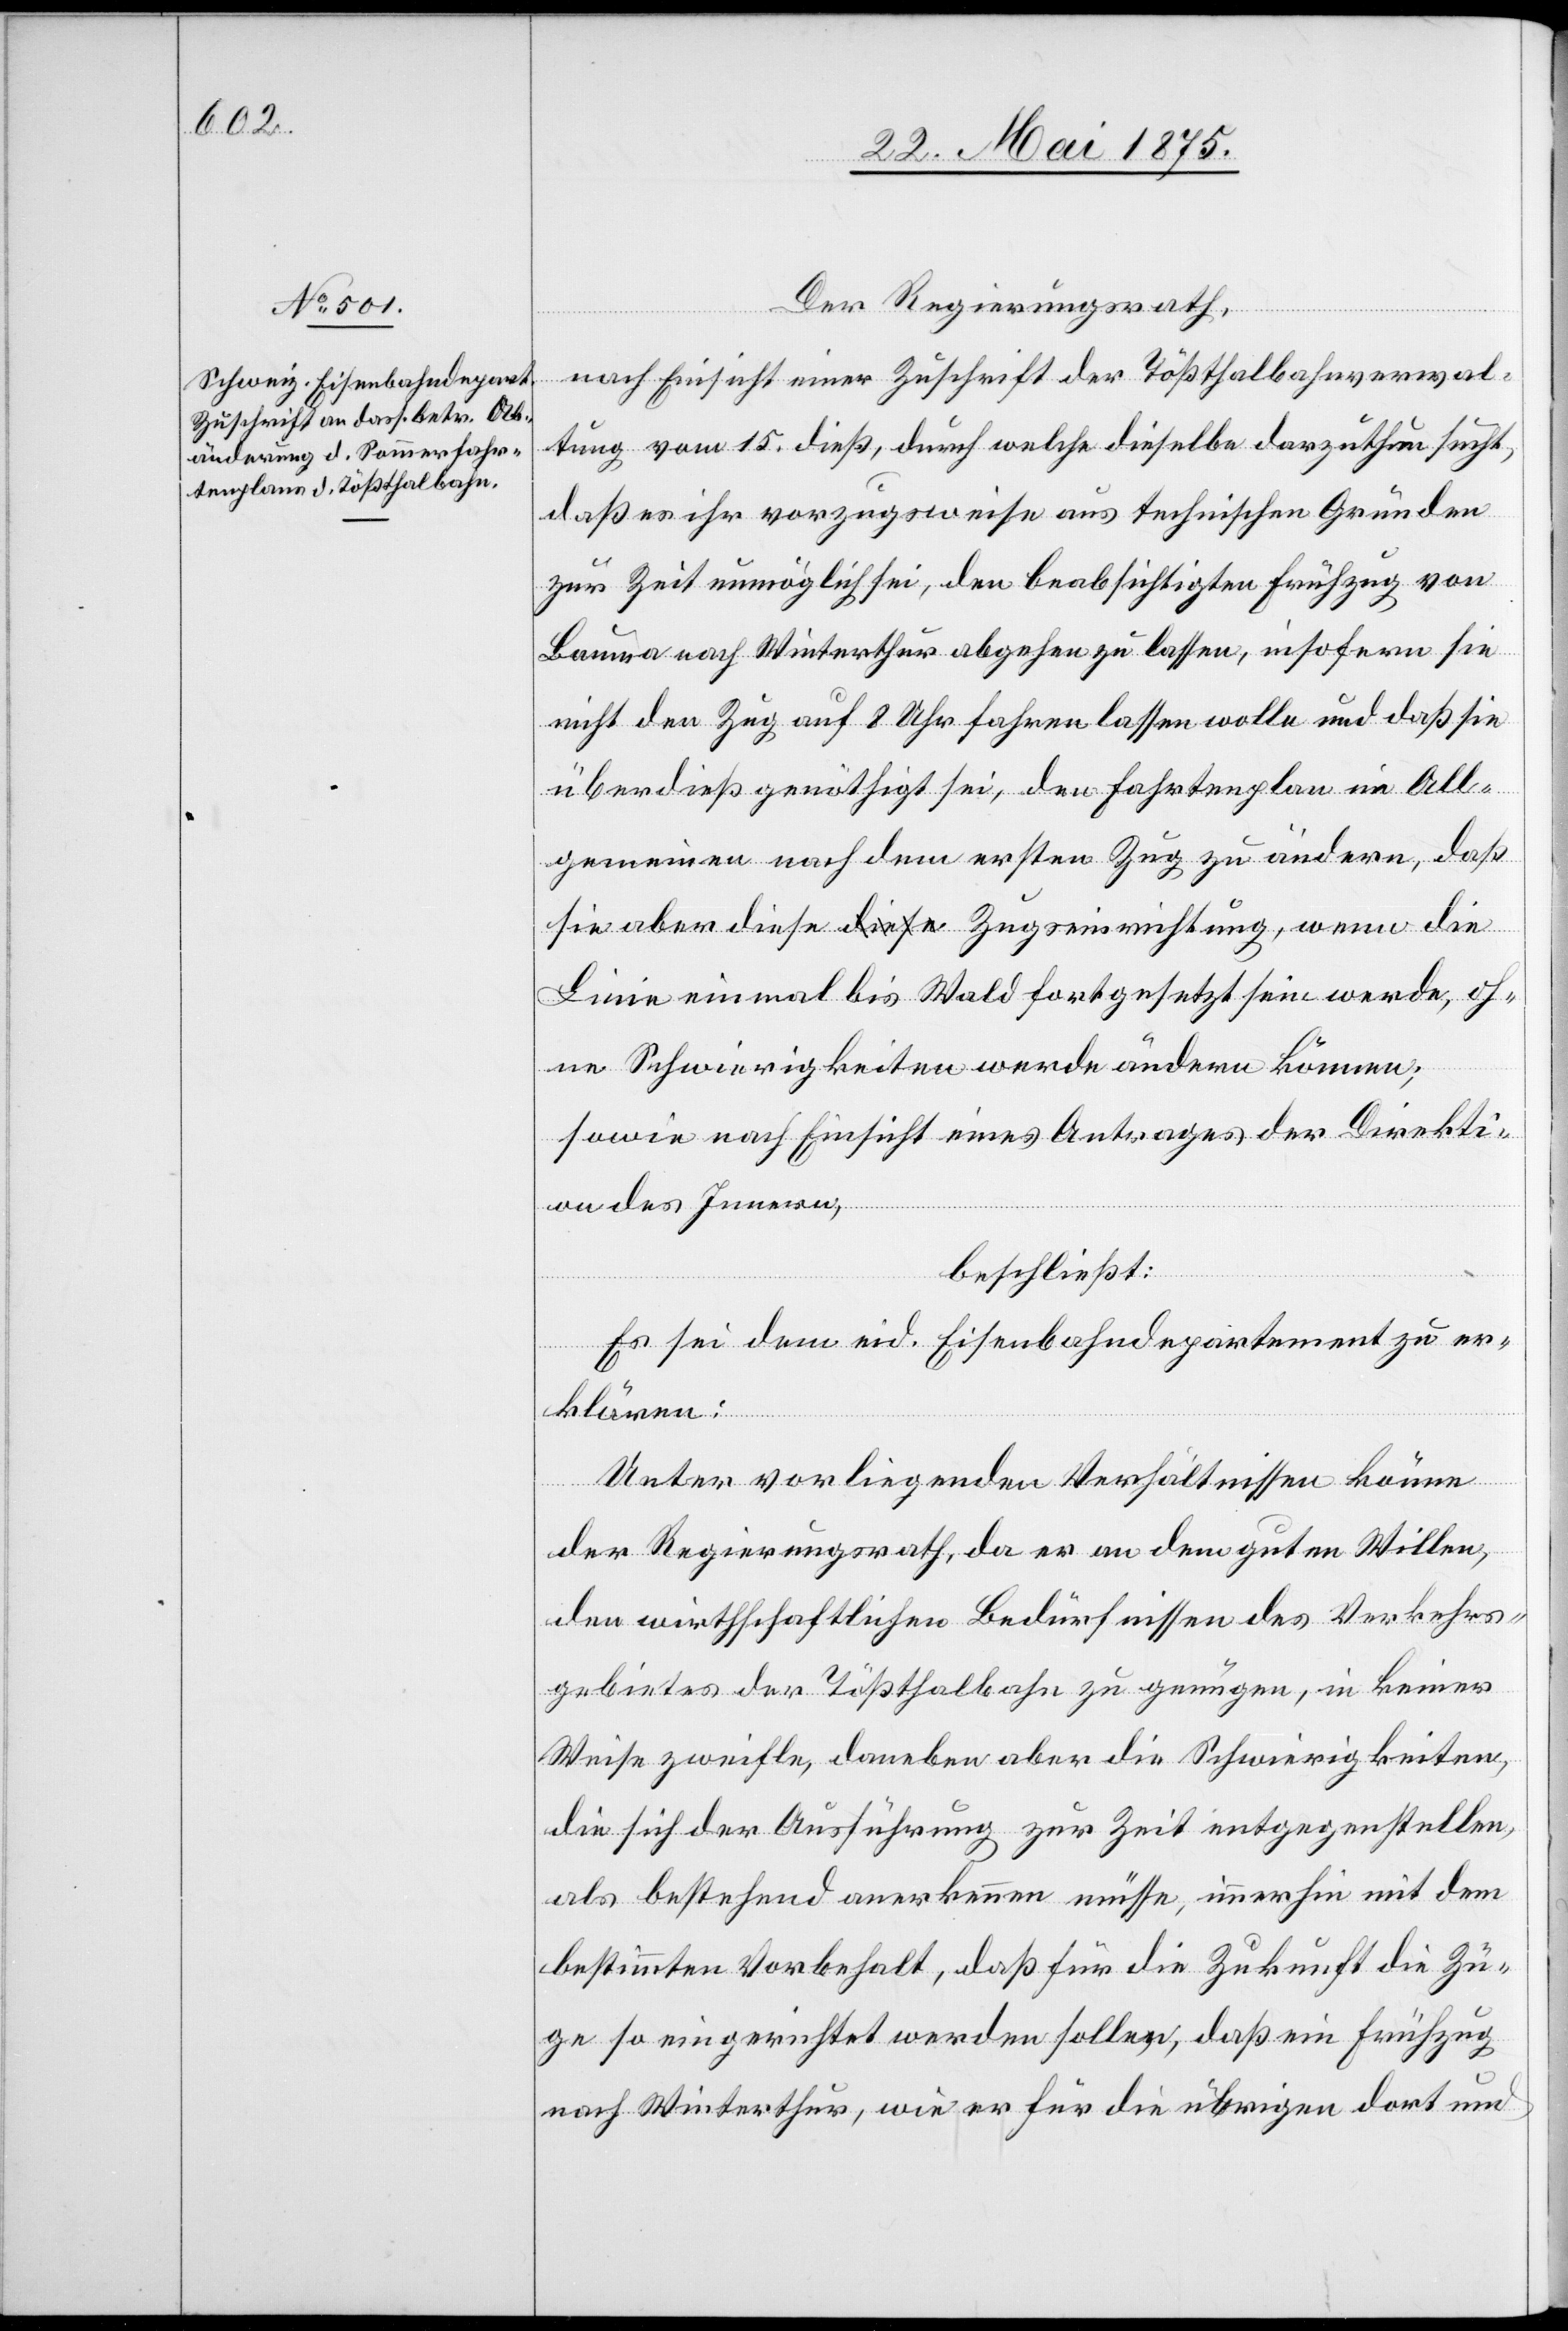
Der Regierungsrath,
nach Einsicht einer Zuschrift der Tößthalbahnverwal¬
tung vom 15. dieß., durch welche dieselbe darzuthun sucht,
daß es ihr vorzugsweise aus technischen Gründen
zur Zeit unmöglich sei, den beabsichtigten Frühzug von
Bauma nach Winterthur abgehen zu lassen, insofern sie
nicht den Zug auf 8 Uhr fahren lassen wolle und daß sie
überdieß genöthigt sei, den Fahrtenplan im All¬
gemeinen nach dem ersten Zug zu ändern, daß
sie aber diese Zugseinrichtung, wenn die
Linie einmal bis Wald fortgesetzt sein werde, oh¬
ne Schwierigkeiten werde ändern können;
sowie nach Einsicht eines Antrages der Direkti¬
on des Innern,
beschließt:
Es sei dem eid. Eisenbahndepartement zu er¬
klären:
Unter vorliegenden Verhältnissen könne
der Regierungsrath, da er an dem guten Willen,
den wirthschaftlichen Bedürfnissen des Verkehrs¬
gebietes der Tößthalbahn zu genügen, in keiner
Weise zweifle, daneben aber die Schwierigkeiten,
die sich der Ausführung zur Zeit entgegenstellen,
als bestehend anerkennen müsse, immerhin mit dem
bestimmten Vorbehalt, daß für die Zukunft die Zü¬
ge so eingerichtet werden sollen, daß ein Frühzug
nach Winterthur, wie er für die übrigen dort und